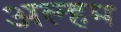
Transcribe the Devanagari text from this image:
अल्हम